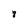
Character: 8